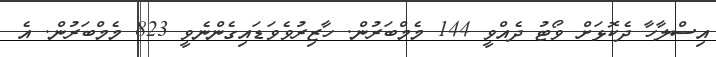
އިސްލާހާ ދެކޮޅަށް ވޯޓު ދެއްވީ 144 މެމްބަރުން. ހާޒިރުވެވަޑައިގެންނެވީ 823 މެމްބަރުން. އެ